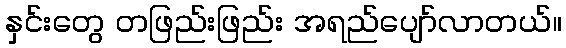
နှင်းတွေ တဖြည်းဖြည်း အရည်ပျော်လာတယ်။